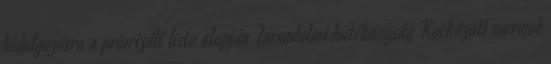
kidolgozásra a priorizált lista alapján Társadalmi hatékonyság Kockázati sorrend